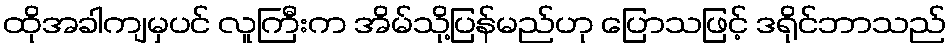
ထိုအခါကျမှပင် လူကြီးက အိမ်သို့ပြန်မည်ဟု ပြောသဖြင့် ဒရိုင်ဘာသည်